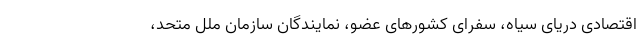
اقتصادی دریای سیاه، سفرای کشورهای عضو، نمایندگان سازمان ملل متحد،